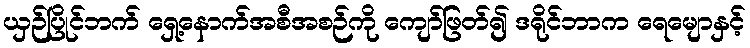
ယှဉ်ပြိုင်ဘက် ရှေ့နောက်အစီအစဉ်ကို ကျော်ဖြတ်၍ ဒရိုင်ဘာက ရေမျောနှင့်